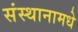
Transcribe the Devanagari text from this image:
संस्थानामधे